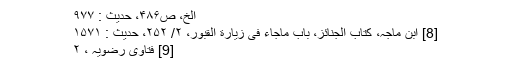
الخ، ص۴۸۶، حدیث : ۹۷۷
[8] ابن ماجہ، کتاب الجنائز، باب ماجاء فی زیارة القبور، ۲/ ۲۵۲، حدیث : ۱۵۷۱
[9] فتاوی رضویہ ، ۲